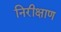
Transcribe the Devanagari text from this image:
निरीक्षाण